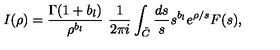
I ( \rho ) = \frac { \Gamma ( 1 + b _ { l } ) } { \rho ^ { b _ { l } } } \ \frac { 1 } { 2 \pi i } \int _ { \tilde { C } } \frac { d s } { s } s ^ { b _ { l } } e ^ { \rho / s } F ( s ) ,